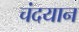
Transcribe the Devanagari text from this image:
चंदयान